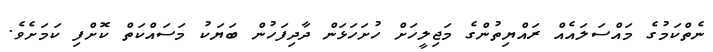
ނެތްކަމުގެ މައްސަލައެއް ރައްޔިތުންގެ މަޖިލީހަށް ހުށަހަޅަން ދާދިފަހުން ބަޔަކު މަސައްކަތް ކޮށްފި ކަމަށެވެ.